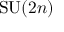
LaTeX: \mathrm { S U } ( 2 n )